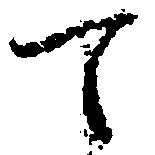
て